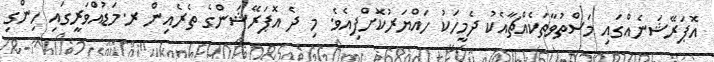
އޮޕަރޭޝަނެއްގައި މަސްތުވާތަކެއްޗާއެކު ދެމީހަކު ހައްޔަރުކޮށްފިއެވެ. މި ދެ އޮޕަރޭޝަންގެ ތެރެއިން ރ.މަޑުއްވަރީގައި ހިންގި